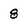
Character: 8